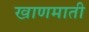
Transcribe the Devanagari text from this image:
खाणमाती